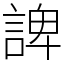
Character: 諀